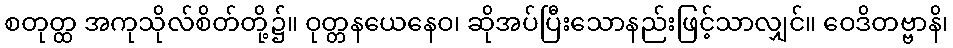
စတုတ္ထ အကုသိုလ်စိတ်တို့၌။ ဝုတ္တနယေနေဝ၊ ဆိုအပ်ပြီးသောနည်းဖြင့်သာလျှင်။ ဝေဒိတဗ္ဗာနိ၊